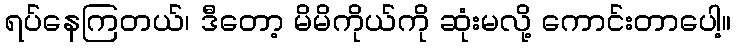
ရပ်နေကြတယ်၊ ဒီတော့ မိမိကိုယ်ကို ဆုံးမလို့ ကောင်းတာပေါ့။